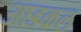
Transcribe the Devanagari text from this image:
आडकल